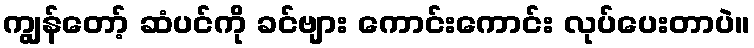
ကျွန်တော့် ဆံပင်ကို ခင်ဗျား ကောင်းကောင်း လုပ်ပေးတာပဲ။